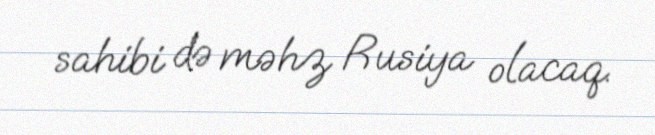
sahibi də məhz Rusiya olacaq.